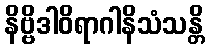
နိဗ္ဗိဒါဝိရာဂါနိသံသန္တိ